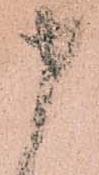
申